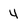
Character: 4